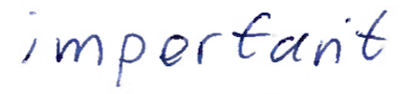
Text: important
Cross-out: clean
Writing tool: ballpoint